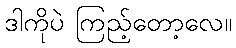
ဒါကိုပဲ ကြည့်တော့လေ။